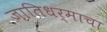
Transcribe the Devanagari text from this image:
जातिधर्माचा